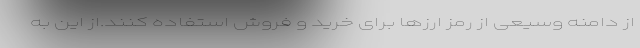
از دامنه وسیعی از رمز ارزها برای خرید و فروش استفاده کنند.از این به